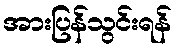
အားပြန်သွင်းရန်